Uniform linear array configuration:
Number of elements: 4
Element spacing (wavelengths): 0.25
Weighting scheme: cosine
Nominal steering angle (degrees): -30
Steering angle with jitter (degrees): -28.3
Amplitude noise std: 0.05
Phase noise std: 0.05

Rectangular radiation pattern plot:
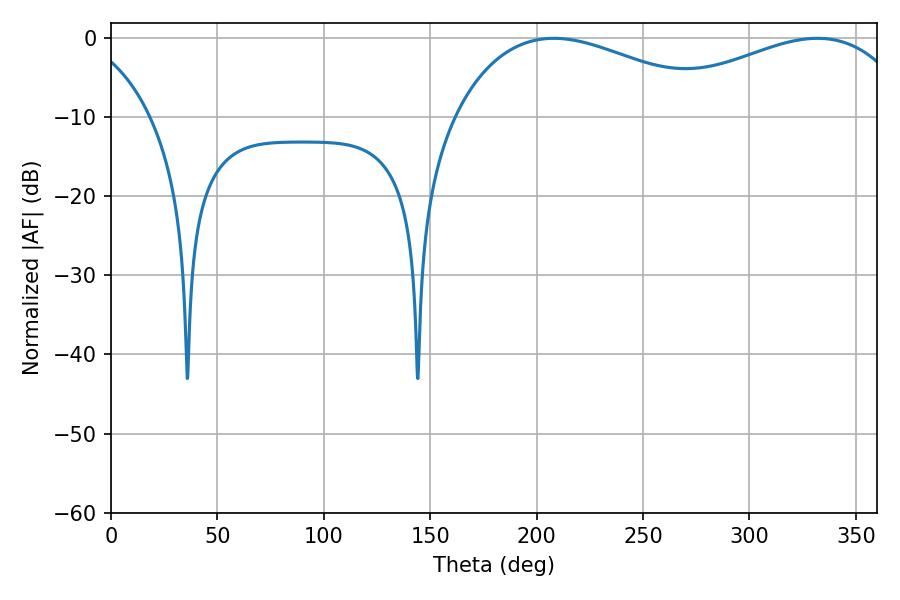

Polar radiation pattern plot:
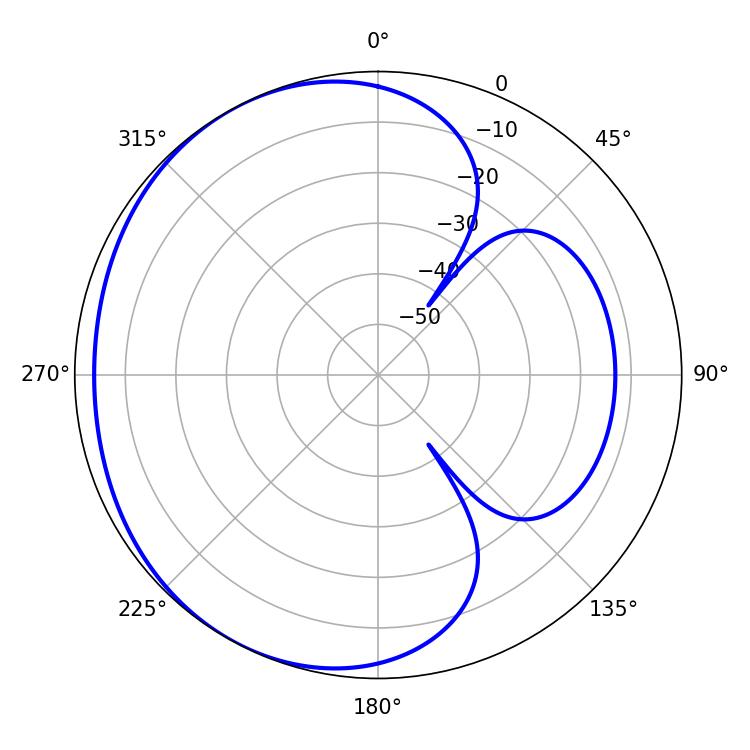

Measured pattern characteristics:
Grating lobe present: FALSE
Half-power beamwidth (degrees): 70.74
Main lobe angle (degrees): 208.08